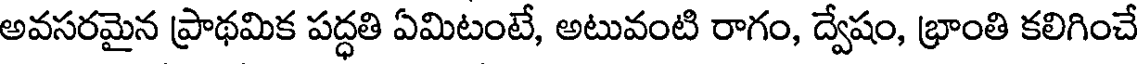
అవసరమైన ప్రాథమిక పద్ధతి ఏమిటంటే, అటువంటి రాగం, ద్వేషం, భ్రాంతి కలిగించే